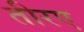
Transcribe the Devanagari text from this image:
तीरए